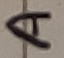
Text: A